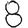
Digit: 8